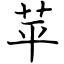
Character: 苹